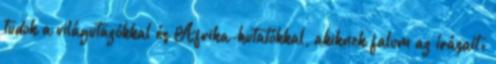
tudok a világutazókkal és Afrika-kutatókkal, akiknek falom az írásait: